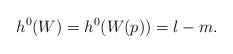
LaTeX: \begin{align*}h^0(W)=h^0(W(p))=l-m. \end{align*}